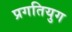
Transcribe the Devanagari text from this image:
प्रगतियुग